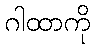
ဂါထာကို